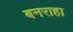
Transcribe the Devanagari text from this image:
बनराहा